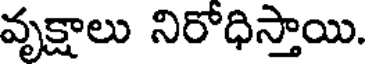
వృక్షాలు నిరోధిస్తాయి.